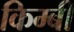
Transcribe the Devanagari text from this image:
किम्बी